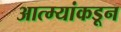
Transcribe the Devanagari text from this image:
आत्म्यांकडून